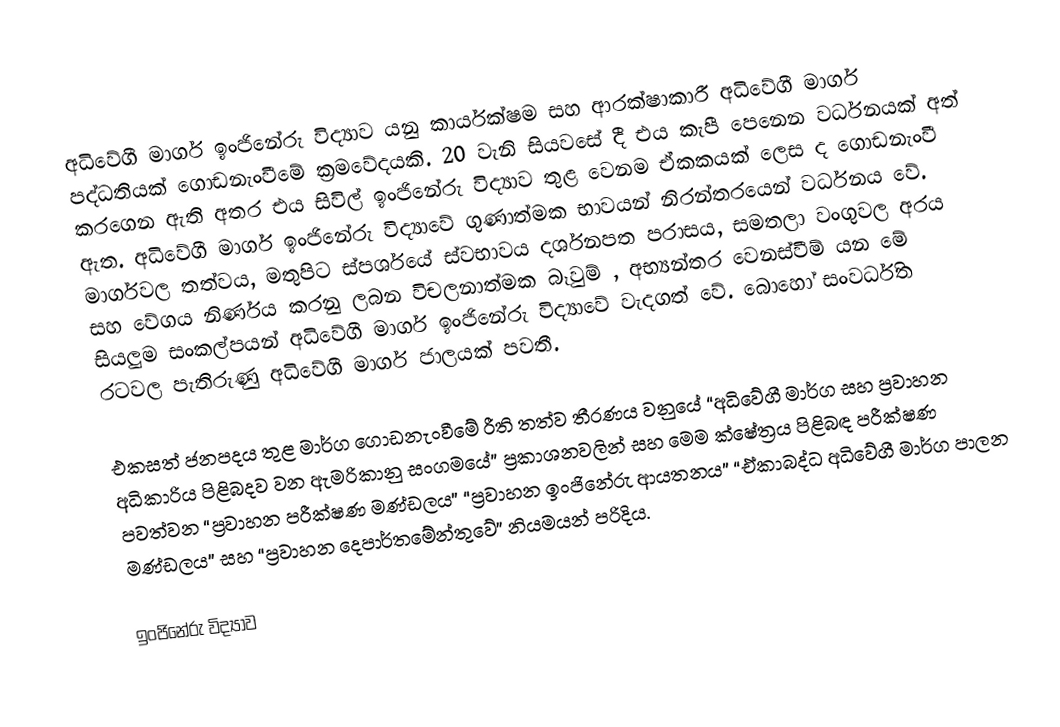
අධිවේගී මාර්ග ඉංජිනේරු විද්‍යාව යනු කාර්යක්ෂම සහ ආරක්ෂාකාරී අධිවේගී මාර්ග පද්ධතියක් ගොඩනැංවීමේ ක්‍රමවේදයකි. 20 වැනි සියවසේ දී එය කැපී පෙනෙන වර්ධනයක් අත් කරගෙන ඇති අතර එය සිවිල් ඉංජිනේරු විද්‍යාව තුළ වෙනම ඒකකයක් ලෙස ද ගොඩනැංවී ඇත. අධිවේගී මාර්ග ඉංජිනේරු විද්‍යාවේ ගුණාත්මක භාවයන් නිරන්තරයෙන් වර්ධනය වේ. මාර්ගවල තත්වය, මතුපිට ස්පර්ශයේ ස්වභාවය දර්ශනපත පරාසය, සමතලා වංගුවල අරය සහ වේගය නිර්ණය කරනු ලබන විචලනාත්මක බෑවුම් , අභ්‍යන්තර වෙනස්වීම් යන මේ සියලුම සංකල්පයන් අධිවේගී මාර්ග ඉංජිනේරු විද්‍යාවේ වැදගත් වේ. බොහෝ සංවර්ධිත රටවල පැතිරුණු අධිවේගී මාර්ග ජාලයක් පවතී.

එකසත් ජනපදය තුළ මාර්ග ගොඩනැංවීමේ රීති තත්ව තීරණය වනුයේ “අධිවේගී මාර්ග සහ ප්‍රවාහන අධිකාරිය පිළිබදව වන ඇමරිකානු සංගමයේ” ප්‍රකාශනවලින් සහ මෙම ක්ෂේත්‍රය පිළිබඳ පරීක්ෂණ පවත්වන “ප්‍රවාහන පරීක්ෂණ මණ්ඩලය” “ප්‍රවාහන ඉංජිනේරු ආයතනය” “ඒකාබද්ධ අධිවේගී මාර්ග පාලන මණ්ඩලය” සහ “ප්‍රවාහන දෙපාර්තමේන්තුවේ” නියමයන් පරිදිය.

ඉංජිනේරු විද්‍යාව